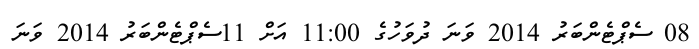
08 ސެޕްޓެންބަރު 2014 ވަނަ ދުވަހުގެ 11:00 އަށް 11ސެޕްޓެންބަރު 2014 ވަނަ